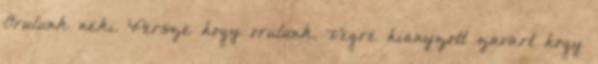
Orulunk neki. Persze hogy orulunk. Vegre hianyzott zavart hogy